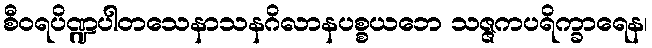
စီဝရပိဏ္ဍပါတသေနာသနဂိလာနပစ္စယဘေ သဇ္ဇကပရိက္ခာရေန၊